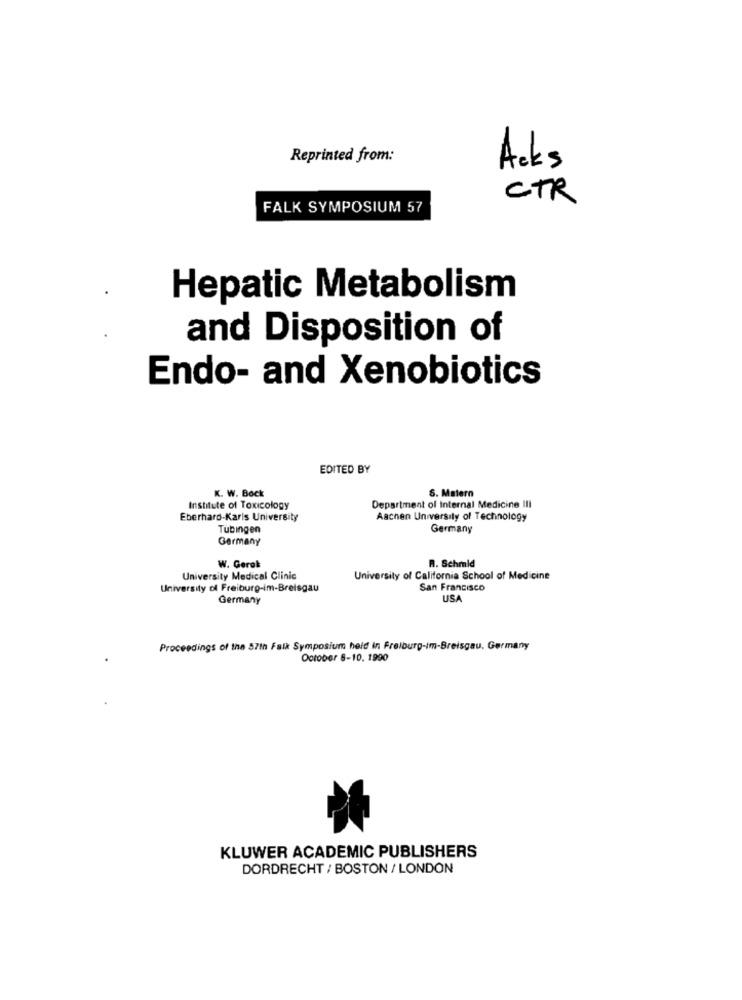
Reprinted from:
Acks
CTR
FALK SYMPOSIUM 57
Hepatic Metabolism
and Disposition of
Endo- and Xenobiotics
EDITED BY
K. W. Bock
5. Matern
Institute of Toxicology
Department of Internal Medicine III
Eberhard-Karls University
Aachen University of Technology
Tubingen
Germany
Germany
W. Gerek
R. Schmid
University Medical Clinic
University of California School of Medicine
University of Freiburg-im-Breisgau
San Francisco
Germany
USA
Proceedings of the 57th Falk Symposium held in Freiburg-im-Breisgau, Germany
October 8-10. 1990
KLUWER ACADEMIC PUBLISHERS
DORDRECHT / BOSTON / LONDON